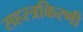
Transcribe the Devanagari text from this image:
सहस्त्रकिरणी